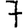
Digit: 7